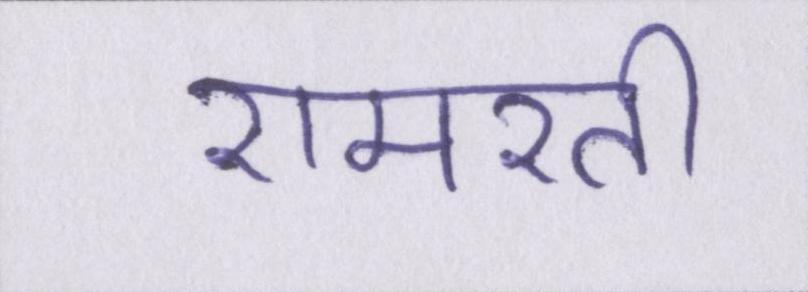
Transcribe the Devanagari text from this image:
रामरती